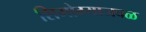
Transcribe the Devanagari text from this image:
शिमोग्याजवळ